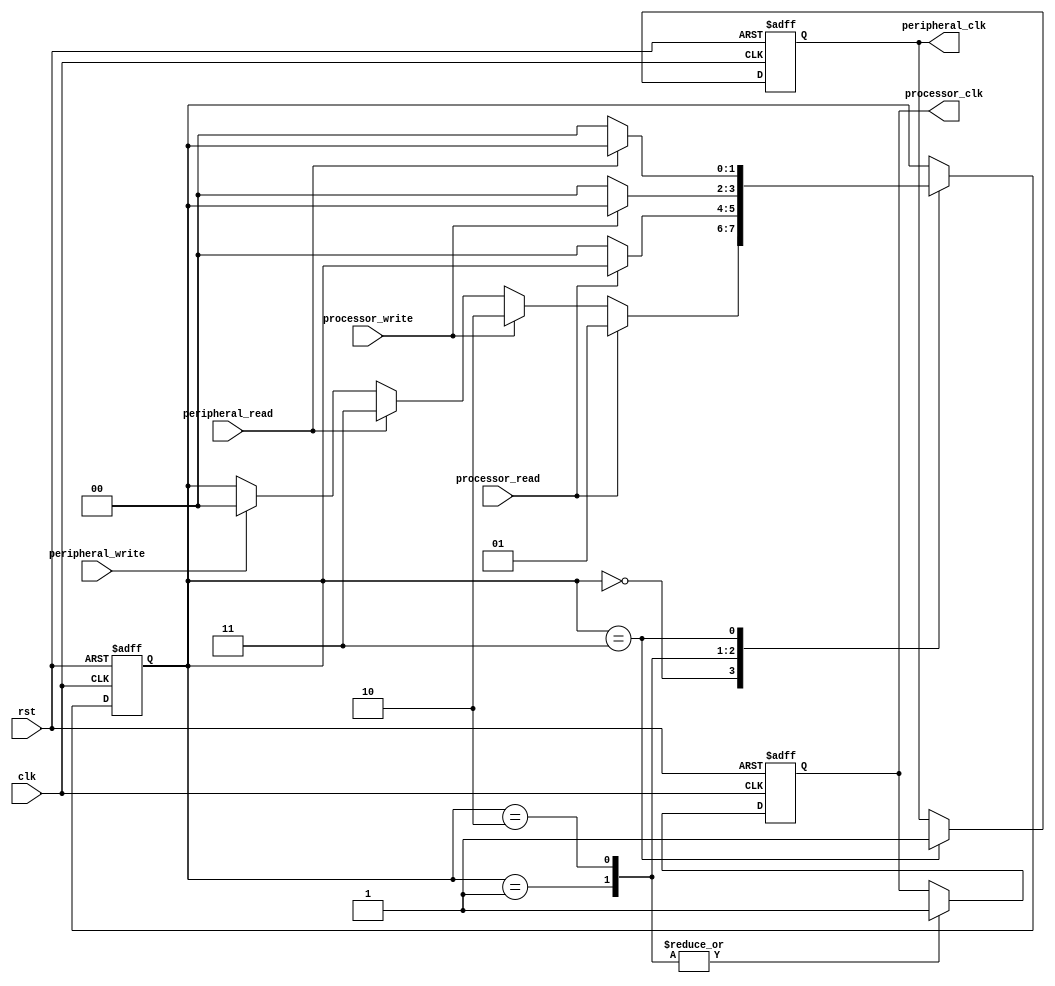
module timing_control_and_sync (
    input wire clk,
    input wire rst,
    input wire processor_read,
    input wire processor_write,
    input wire peripheral_read,
    input wire peripheral_write,
    output reg processor_clk,
    output reg peripheral_clk
);

reg [1:0] state; //0: idle, 1: processor read, 2: processor write, 3: peripheral read, 4: peripheral write

always @ (posedge clk or posedge rst) begin
    if (rst) begin
        state <= 0;
        processor_clk <= 0;
        peripheral_clk <= 0;
    end else begin
        case (state)
            0: begin //idle
                if (processor_read)
                    state <= 1;
                else if (processor_write)
                    state <= 2;
                else if (peripheral_read)
                    state <= 3;
                else if (peripheral_write)
                    state <= 4;
            end
            
            1: begin //processor read
                processor_clk <= 1;
                if (!processor_read)
                    state <= 0;
            end
            
            2: begin //processor write
                processor_clk <= 1;
                if (!processor_write)
                    state <= 0;
            end

            3: begin //peripheral read
                peripheral_clk <= 1;
                if (!peripheral_read)
                    state <= 0;
            end
            
            4: begin //peripheral write
                peripheral_clk <= 1;
                if (!peripheral_write)
                    state <= 0;
            end
        endcase
    end
end

endmodule